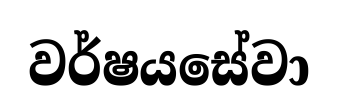
වර්ෂයසේවා